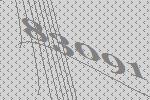
83091